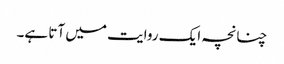
چنانچہ ایک روایت میں آتا ہے۔